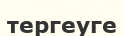
тергеуге